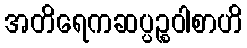
အတိရေကဆပ္ပဉ္စဝါစာဟိ